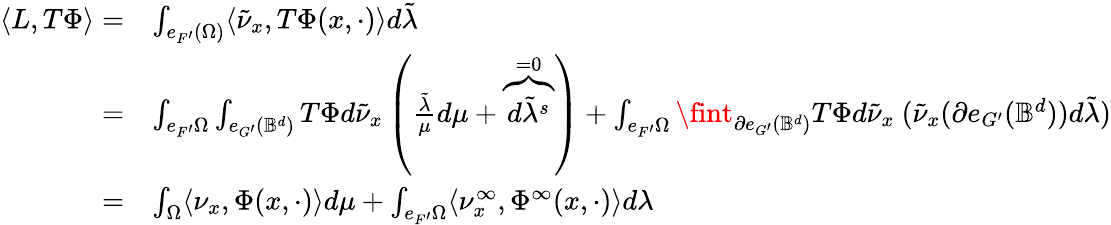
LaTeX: \begin{array}{rl}{\langle L,T\Phi\rangle=}&{\int_{e_{F^{\prime}}(\Omega)}\langle\tilde{\nu}_{x},T\Phi(x,\cdot)\rangle d\tilde{\lambda}}\\ {=}&{\int_{e_{F^{\prime}}\Omega}\int_{e_{G^{\prime}}(\mathbb{B}^{d})}T\Phi d\tilde{\nu}_{x}\left(\frac{\tilde{\lambda}}{\mu}d\mu+\overbrace{d\tilde{\lambda}^{s}}^{=0}\right)+\int_{e_{F^{\prime}}\Omega}\fint_{\partial e_{G^{\prime}}(\mathbb{B}^{d})}T\Phi d\tilde{\nu}_{x}\ (\tilde{\nu}_{x}(\partial e_{G^{\prime}}(\mathbb{B}^{d}))d\tilde{\lambda})}\\ {=}&{\int_{\Omega}\langle\nu_{x},\Phi(x,\cdot)\rangle d\mu+\int_{e_{F^{\prime}}\Omega}\langle\nu_{x}^{\infty},\Phi^{\infty}(x,\cdot)\rangle d\lambda}\end{array}